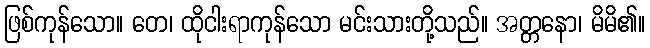
ဖြစ်ကုန်သော။ တေ၊ ထိုငါးရာကုန်သော မင်းသားတို့သည်။ အတ္တနော၊ မိမိ၏။